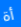
أة